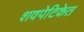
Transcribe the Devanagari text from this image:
शवपेटिकेत